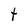
Character: t